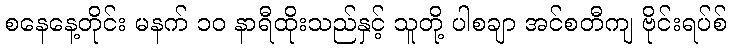
စနေနေ့တိုင်း မနက် ၁၀ နာရီထိုးသည်နှင့် သူတို့ ပါစချာ အင်စတီကျ ဗိုင်းရပ်စ်